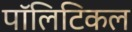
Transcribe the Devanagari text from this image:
पाॅलिटिकल